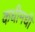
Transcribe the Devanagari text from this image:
कधीमधी